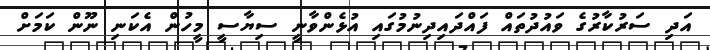
އަދި ސަރުކާރުގެ ވައުދުތައް ފައްދައިދިނުމުގައި އުޅެންވާނީ ސިޔާސީ މީހުން އެކަނި ނޫން ކަމަށް